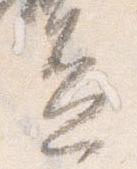
盃